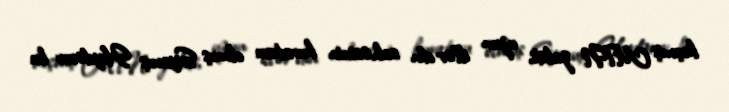
keçmiş MTN zabiti, uzun illər din sahəsinin kuratoru olmuş Siyavuş Heydərov bu